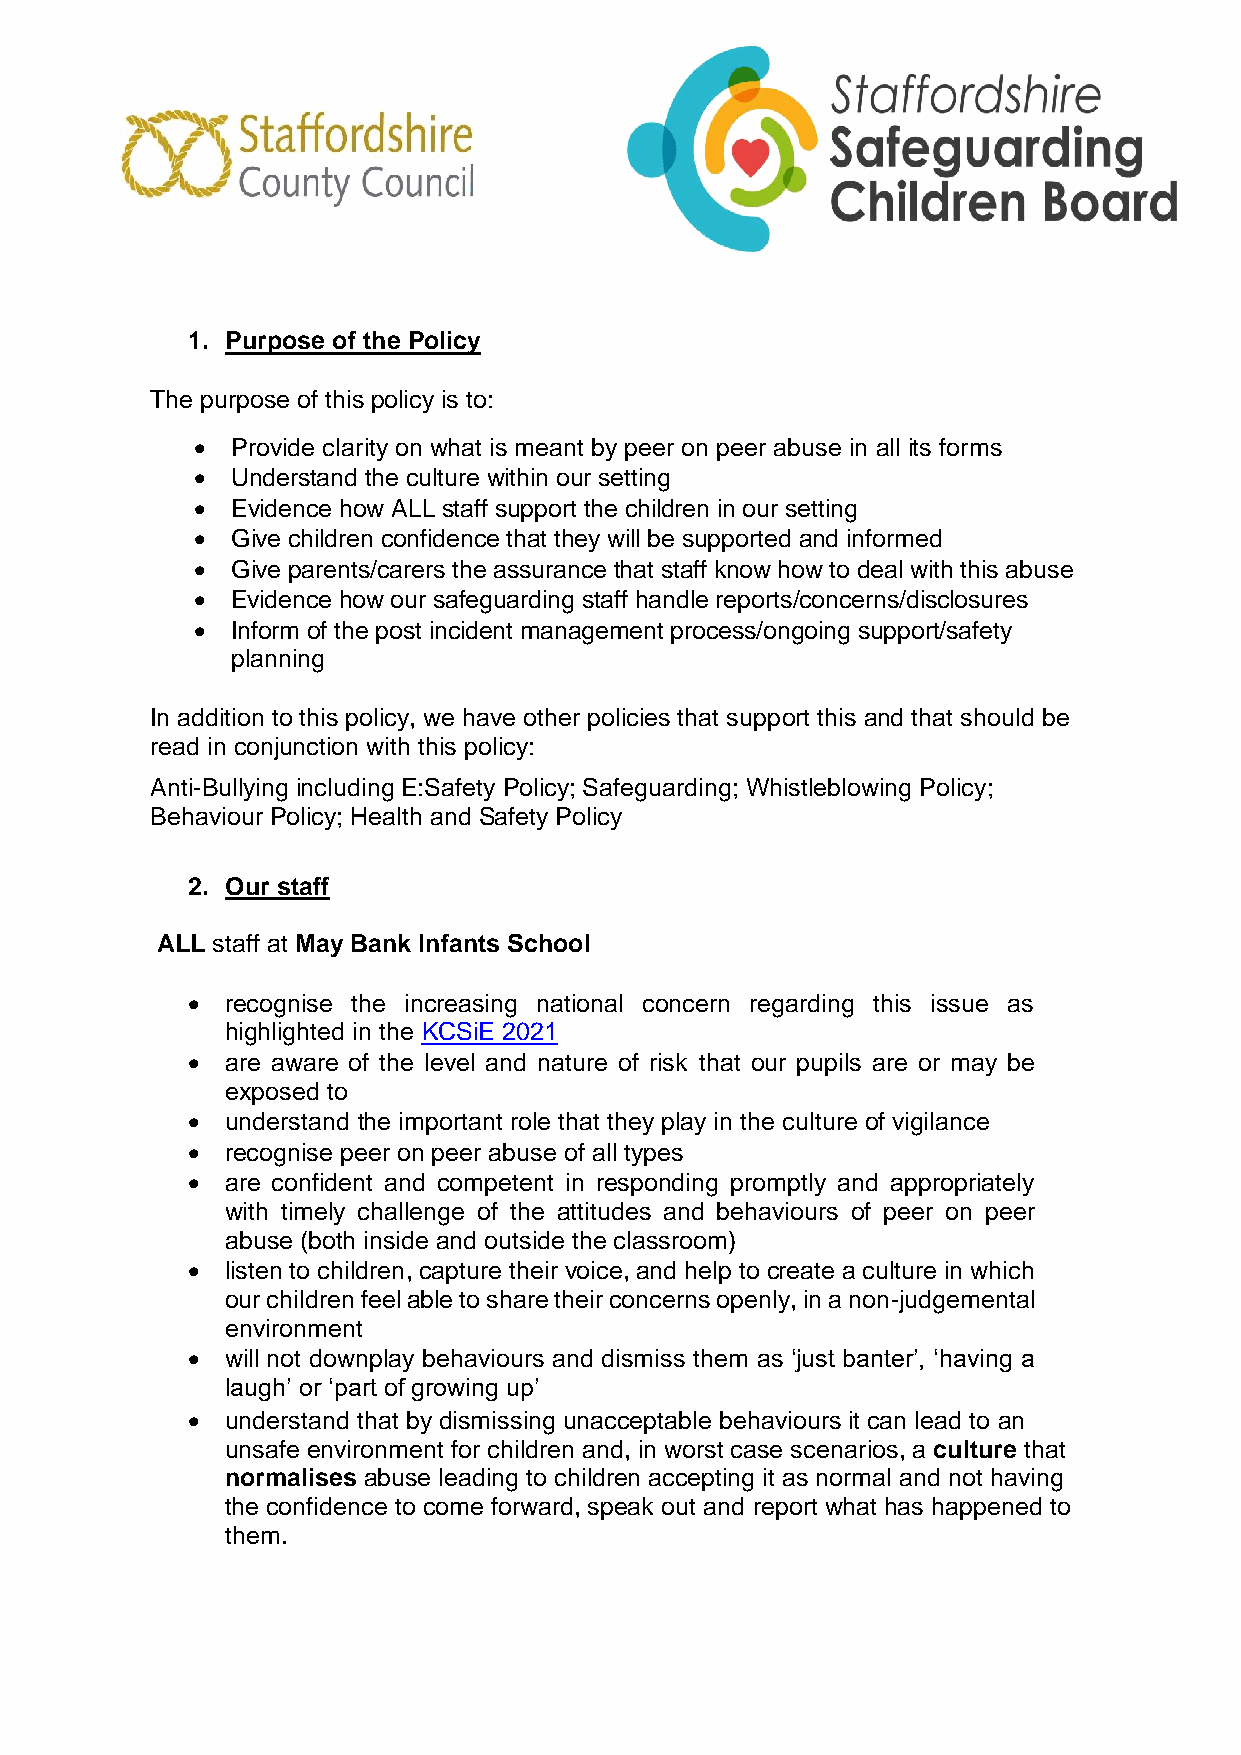
1. Purpose of the Policy
 The purpose of this policy is to:
  Provide clarity on what is meant by peer on peer abuse in all its forms
  Understand the culture within our setting
  Evidence how ALL staff support the children in our setting
  Give children confidence that they will be supported and informed
  Give parents/carers the assurance that staff know how to deal with this abuse
  Evidence how our safeguarding staff handle reports/concerns/disclosures
  Inform of the post incident management process/ongoing support/safety
 planning
 In addition to this policy, we have other policies that support this and that should be
 read in conjunction with this policy:
 Anti-Bullying including E:Safety Policy; Safeguarding; Whistleblowing Policy;
 Behaviour Policy; Health and Safety Policy
 2. Our staff
 ALL staff at May Bank Infants School
   recognise the increasing national concern regarding this issue as
 highlighted in the KCSiE 2021
   are aware of the level and nature of risk that our pupils are or may be
 exposed to
   understand the important role that they play in the culture of vigilance
   recognise peer on peer abuse of all types
   are confident and competent in responding promptly and appropriately
 with timely challenge of the attitudes and behaviours of peer on peer
 abuse (both inside and outside the classroom)
   listen to children, capture their voice, and help to create a culture in which
 our children feel able to share their concerns openly, in a non-judgemental
 environment
   will not downplay behaviours and dismiss them as ‘just banter’, ‘having a
 laugh’ or ‘part of growing up’
   understand that by dismissing unacceptable behaviours it can lead to an
 unsafe environment for children and, in worst case scenarios, a culture that
 normalises abuse leading to children accepting it as normal and not having
 the confidence to come forward, speak out and report what has happened to
 them.